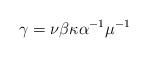
LaTeX: \begin{align*} \gamma = \nu \beta \kappa \alpha^{-1} \mu^{-1}\end{align*}